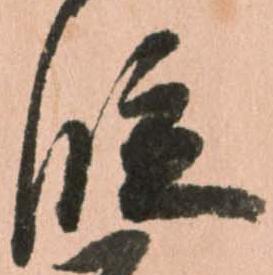
段